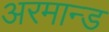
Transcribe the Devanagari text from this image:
अरमान्ड